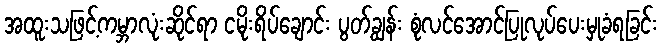
အထူးသဖြင့်ကမ္ဘာလုံးဆိုင်ရာ ငမိုးရိပ်ချောင်း ပွတ်ချွန်း စုံလင်အောင်ပြုလုပ်ပေးမှုခံရခြင်း